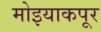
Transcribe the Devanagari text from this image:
मोइयाकपूर